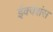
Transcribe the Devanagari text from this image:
ईक्वेशंस